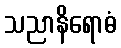
သညာနိရောဓံ